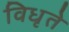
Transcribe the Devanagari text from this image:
विधृते